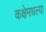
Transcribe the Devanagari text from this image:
कक्षेमधल्या